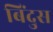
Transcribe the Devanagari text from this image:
बिंदुस